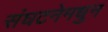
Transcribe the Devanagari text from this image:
संघटनेमधुन